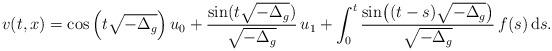
LaTeX: \begin{align*}v(t,x)=\cos\left(t\sqrt{-\Delta_g}\right)u_0+\frac{\sin(t\sqrt{-\Delta_g})}{\sqrt{-\Delta_g}}\,u_1+\int_0^t\frac{\sin\bigr((t-s)\sqrt{-\Delta_g}\bigr)}{\sqrt{-\Delta_g}}\,f(s)\,\mathrm{d}s.\end{align*}